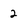
Character: 2